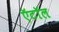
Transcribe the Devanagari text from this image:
ऍटॉल